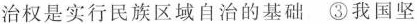
治权是实行民族区域自治的基础 ③我国坚